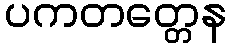
ပကတတ္တေန